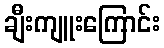
ချီးကျူးကြောင်း